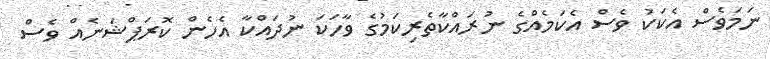
ނަމަވެސް އެކަކު ވެސް އެކަމެއްގެ ނުރައްކާތެރިކަމުގެ ވާހަކަ ނުދައްކާ އެހެން ކޮރަޕްޝަނެއް ވެސް